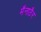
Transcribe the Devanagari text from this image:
मैनाठैर